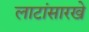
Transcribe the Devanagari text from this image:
लाटांसारखे